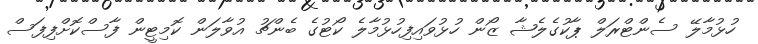
ހުޅުމާލޭ ސެންޓްރަލް ޕާކުގެލެޝާ ޒޯން ހުޅުވައިފިހުޅުމާލެ ކޯޓުގެ ބެންޗު އުވާލަން ކޮމިޓީން ފާސްކޮށްފިފަސް